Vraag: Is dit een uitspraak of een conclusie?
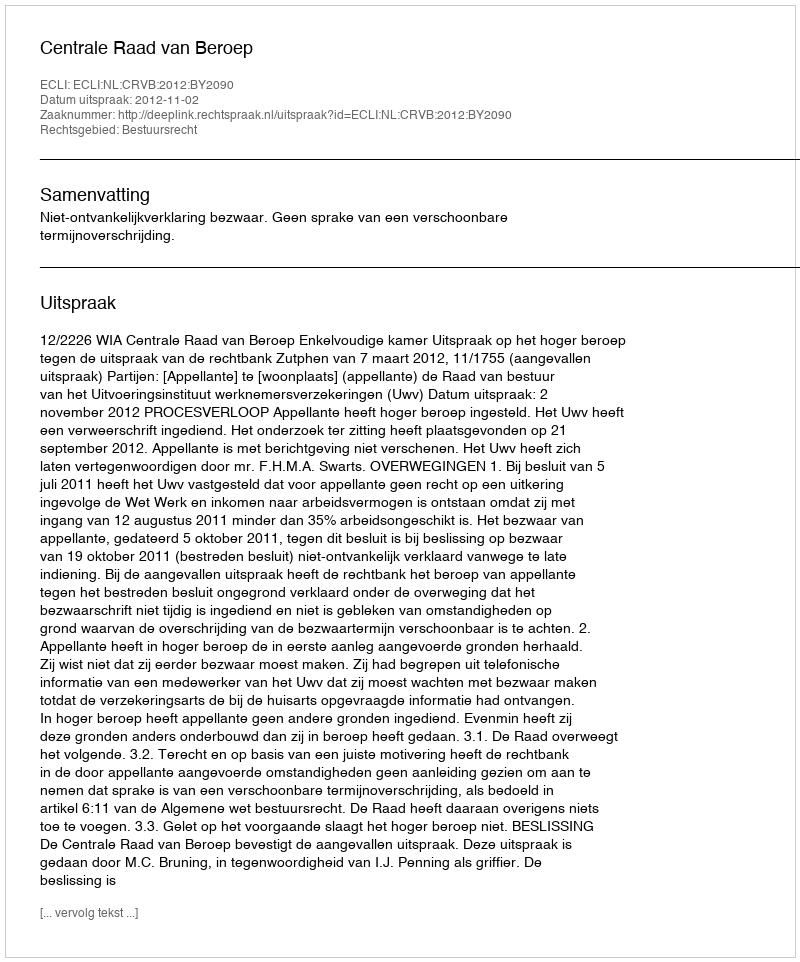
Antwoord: Uitspraak